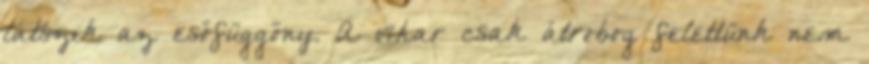
látszik az esőfüggöny. A vihar csak átrobog felettünk nem